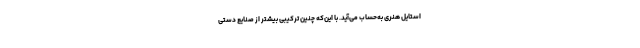
استایل هنری به‌حساب می‌آید. با این‌که چنین ترکیبی بیشتر از صنایع دستی